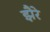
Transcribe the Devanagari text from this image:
झैरे